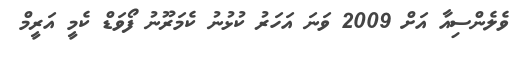
ވެލެންސިއާ އަށް 2009 ވަނަ އަހަރު ކުޅުނު ކެމަރޫނު ފޯވަޑް ކެމީ އަރީމް